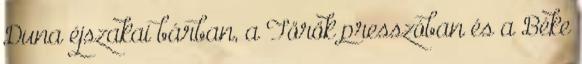
Duna éjszakai bárban, a Török presszóban és a Béke